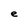
Character: e